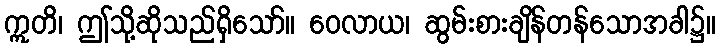
ဣတိ၊ ဤသို့ဆိုသည်ရှိသော်။ ဝေလာယ၊ ဆွမ်းစားချိန်တန်သောအခါ၌။